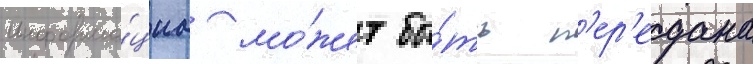
Информа́циа мо́жет бы́ть п'ер'едана